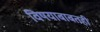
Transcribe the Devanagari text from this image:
विषयाबाबतही